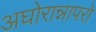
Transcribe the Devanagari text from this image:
अघोरान्नापरो